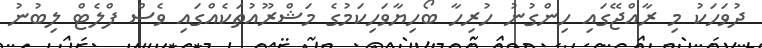
ދުވަހަކު މި ރާއްޖޭގައި ހިންގުނު ހުރިހާ ބޯހިޔާވަހިކަމުގެ މަޝްރޫއުތަކެއްގައި ވެސް ފްލެޓް ލިބުނު